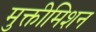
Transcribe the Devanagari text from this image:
मुक्तीमिशन